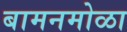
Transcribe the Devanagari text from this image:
बामनमोळा